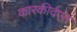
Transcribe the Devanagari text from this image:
कारकीर्दएत